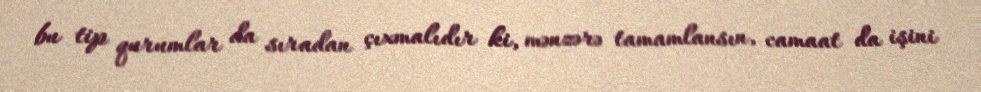
bu tip qurumlar da sıradan çıxmalıdır ki, mənzərə tamamlansın, camaat da işini